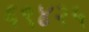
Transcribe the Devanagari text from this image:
६९४२५